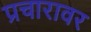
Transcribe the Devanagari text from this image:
प्रचारावर